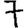
Digit: 7